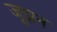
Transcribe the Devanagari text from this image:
जूझन